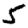
Digit: 5